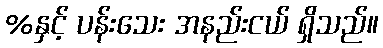
%နှင့် ပန်းသေး အနည်းငယ် ရှိသည်။